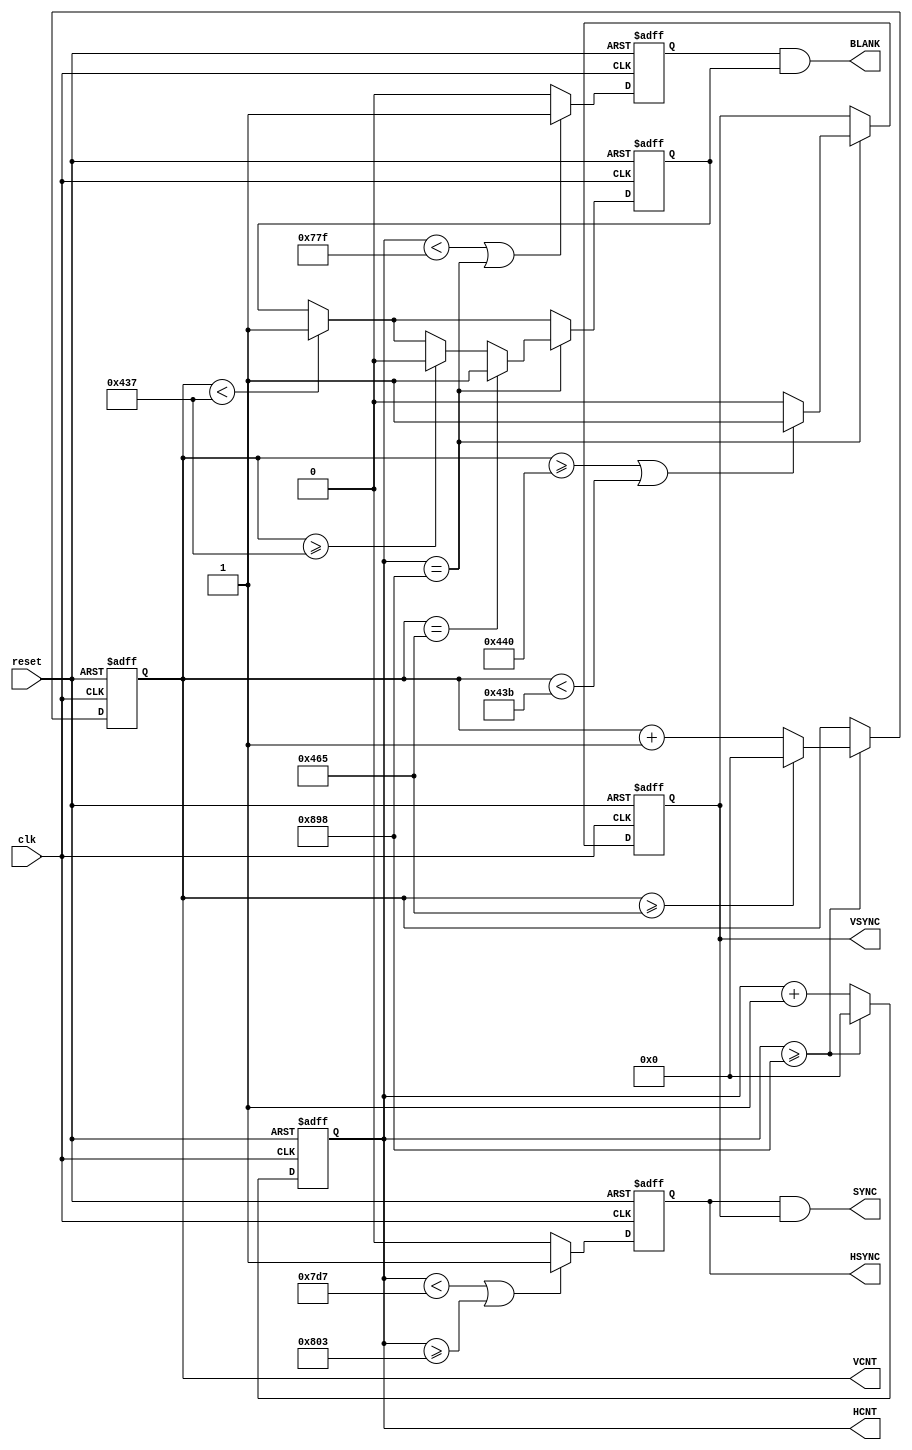
module CNT_BLANK_SYNC(clk, reset, HCNT, VCNT,
 BLANK, SYNC, HSYNC, VSYNC);

parameter sync_h = 12'd44; 
parameter fp_h = 12'd88; 			//   fp 
parameter active_h = 12'd1920;
parameter total_h = 12'd2200;
parameter sync_v = 11'd5; 
parameter fp_v = 11'd4; 			//   fp 
parameter active_v = 11'd1080;
parameter total_v = 11'd1125;

/*parameter sync_h = 12'd4; 
parameter fp_h = 12'd14;
parameter active_h = 12'd190;
parameter total_h = 12'd220;
parameter sync_v = 11'd2; 
parameter fp_v = 11'd3;
parameter active_v = 11'd108;
parameter total_v = 11'd120;*/

input clk, reset;
output [11:0] HCNT, VCNT;
output BLANK, SYNC;
output HSYNC, VSYNC;

wire clk, reset;
reg [11:0] HCNT, VCNT;
reg HBLANK, HSYNC, VBLANK, VSYNC;
wire BLANK, SYNC;

always @(posedge clk or negedge reset)
begin
	if(reset == 1'b0)
	begin
		HCNT <= 12'd0;
		VCNT <= 12'd0;
	end
	else
	begin
		if(HCNT >= total_h)
		begin
			HCNT <= 12'd0;
			VCNT <= VCNT + 12'd1;
			if(VCNT >= total_v)
				VCNT <= 12'd0;
		end
		else
			HCNT <= HCNT + 12'd1;
	end
end

always @(posedge clk or negedge reset)
begin
	if(reset == 1'b0)
	begin
		HBLANK <= 1'b0;
		HSYNC <= 1'b1;
		VBLANK <= 1'b0;
		VSYNC <= 1'b1;
	end
	else
	begin
		if((HCNT < active_h - 1) || (HCNT == total_h))
			HBLANK <= 1'b1;
		else //if(HCNT >= active_h - 1)
			HBLANK <= 1'b0;

		if((HCNT < (active_h + fp_h - 1)) || (HCNT >= (active_h + fp_h + sync_h - 1)))
			HSYNC <= 1'b1;
		else //if(HCNT >= (active_h + fp_h + sync_h - 1))
			HSYNC <= 1'b0;

		if(VCNT < active_v - 1)
			VBLANK <= 1'b1;
		if(HCNT == total_h)
		begin
			if(VCNT == total_v)// || (VCNT < active_v))
				VBLANK <= 1'b1;
			else if(VCNT >= active_v - 1)
				VBLANK <= 1'b0;

			if((VCNT >= (active_v + fp_v + sync_v) - 1) || (VCNT < (active_v + fp_v) - 1))
				VSYNC <= 1'b1;
			else //if(VCNT >= (active_v + fp_v) - 1)
				VSYNC <= 1'b0;
		end
	end
end

assign BLANK = HBLANK & VBLANK;
assign SYNC = HSYNC & VSYNC;

endmodule